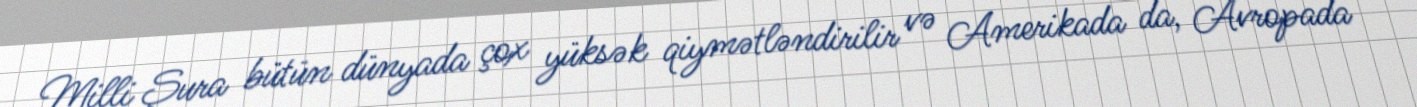
Milli Şura bütün dünyada çox yüksək qiymətləndirilir və Amerikada da, Avropada